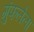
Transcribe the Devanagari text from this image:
गुंफलेला